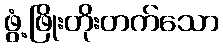
ဖွံ့ဖြိုးတိုးတက်သော